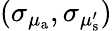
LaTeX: (\sigma_{\mu_{\mathrm{a}}},\sigma_{\mu_{\mathrm{s}}^{\prime}})